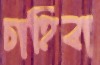
চাহিবা